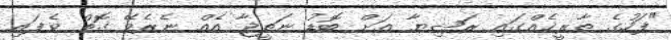
"ފަހުގެ ތާރީޚެއްގައި ރަޝިޔާ އަށް ބޮޑު ނަތީޖާ އެއް ނެރެވޭ ގޮތް ވެފައި